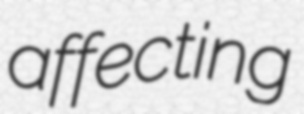
affecting